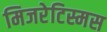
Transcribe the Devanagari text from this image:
मिजरेटिस्मस